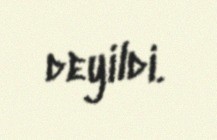
deyildi.